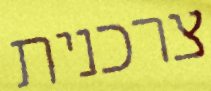
צרכנית